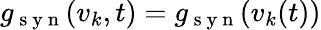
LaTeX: g_{\mathrm{~s~y~n~}}(v_{k},t)=g_{\mathrm{~s~y~n~}}(v_{k}(t))